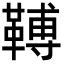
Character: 𩌏